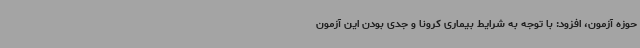
حوزه آزمون، افزود: با توجه به شرایط بیماری کرونا و جدی بودن این آزمون